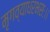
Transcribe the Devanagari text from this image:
मृगव्याधरभसः।।